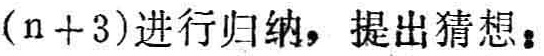
$(n + 3)进行归纳，提出猜想：$